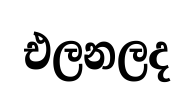
එලනලද